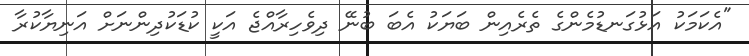
"އެކަމަކު އަޅުގަނޑުމެންގެ ތެރެއިން ބަޔަކު އެބަ ބުނޭ ދިވެހިރާއްޖެ އަކީ ކުޑަކުދިންނަށް އަނިޔާކުރާ